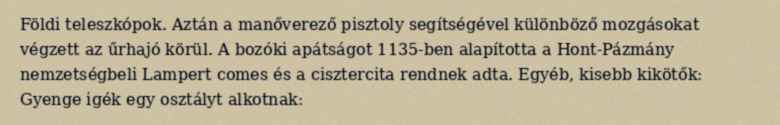
Földi teleszkópok. Aztán a manőverező pisztoly segítségével különböző mozgásokat végzett az űrhajó körül. A bozóki apátságot 1135-ben alapította a Hont-Pázmány nemzetségbeli Lampert comes és a cisztercita rendnek adta. Egyéb, kisebb kikötők: Gyenge igék egy osztályt alkotnak: